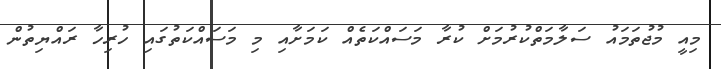
މިއީ މުޖުތަމައު ސަލާމަތްކުރުމަށް ކުރާ މަސައްކަތެއް ކަމަށާއި މި މަސައްކަތުގައި ހުރިހާ ރައްޔިތުން